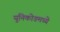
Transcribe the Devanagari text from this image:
युनिकोडमध्‍ये